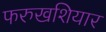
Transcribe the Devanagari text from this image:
फरुखशियार